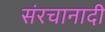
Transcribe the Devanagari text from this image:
संरचानादी